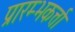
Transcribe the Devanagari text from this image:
प्रारम्भकर्त्ता